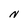
Character: N